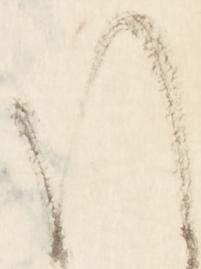
ほ